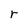
Character: r